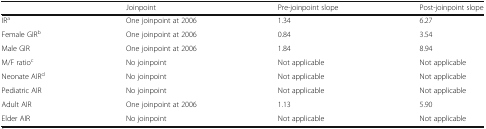
<table><thead><tr><td></td><td><b>Joinpoint</b></td><td><b>Pre-joinpoint slope</b></td><td><b>Post-joinpoint slope</b></td></tr></thead><tbody><tr><td>IR<sup>a</sup></td><td>One joinpoint at 2006</td><td>1.34</td><td>6.27</td></tr><tr><td>Female GIR<sup>b</sup></td><td>One joinpoint at 2006</td><td>0.84</td><td>3.54</td></tr><tr><td>Male GIR</td><td>One joinpoint at 2006</td><td>1.84</td><td>8.94</td></tr><tr><td>M/F ratio<sup>c</sup></td><td>No joinpoint</td><td>Not applicable</td><td>Not applicable</td></tr><tr><td>Neonate AIR<sup>d</sup></td><td>No joinpoint</td><td>Not applicable</td><td>Not applicable</td></tr><tr><td>Pediatric AIR</td><td>No joinpoint</td><td>Not applicable</td><td>Not applicable</td></tr><tr><td>Adult AIR</td><td>One joinpoint at 2006</td><td>1.13</td><td>5.90</td></tr><tr><td>Elder AIR</td><td>No joinpoint</td><td>Not applicable</td><td>Not applicable</td></tr></tbody></table>